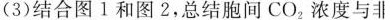
(3)结合图1 和图 2，总结胞间CO_{2}浓度与非